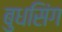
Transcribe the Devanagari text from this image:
बुधसिंग